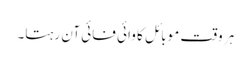
ہر وقت موبائل کا وائی فائی آن رہتا۔